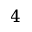
4